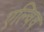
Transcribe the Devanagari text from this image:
एल्विव